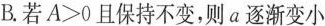
B. 若$$A>0$$且保持不变，则α逐渐变小